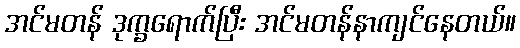
အင်မတန် ဒုက္ခရောက်ပြီး အင်မတန်နာကျင်နေတယ်။